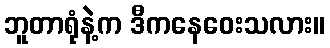
ဘူတာရုံနဲ့က ဒီကနေဝေးသလား။